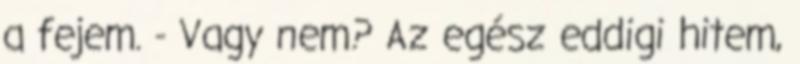
a fejem. - Vagy nem? Az egész eddigi hitem,